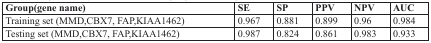
| Group(gene name) | SE | SP | PPV | NPV | AUC |
 | --- | --- | --- | --- | --- | --- |
 | Training set (MMD,CBX7, FAP,KIAA1462) | 0.967 | 0.881 | 0.899 | 0.96 | 0.984 |
 | Testing set (MMD,CBX7, FAP,KIAA1462) | 0.987 | 0.824 | 0.861 | 0.983 | 0.933 |